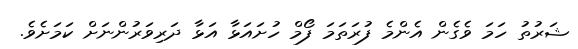
ޝަރުތު ހަމަ ވެގެން އެންމެ ފުރަތަމަ ފޯމް ހުށައަޅާ އަޅާ ދަރިވަރުންނަށް ކަމަށެވެ.